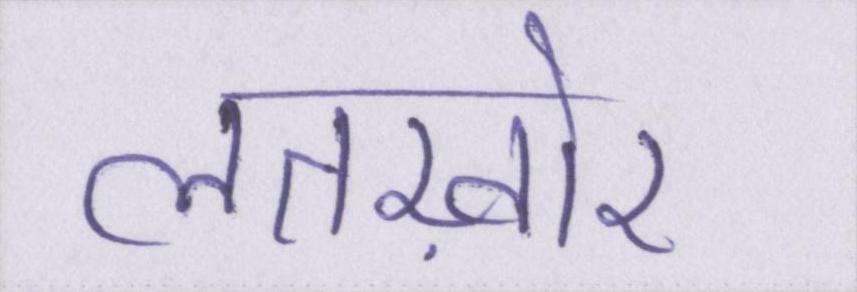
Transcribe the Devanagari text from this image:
लतख़ोर